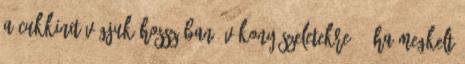
A cukkinit vágjuk hosszában, vékony szeletekre. - Ha megkelt